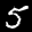
Label: 5